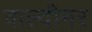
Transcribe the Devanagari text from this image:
वाल्दीमर